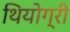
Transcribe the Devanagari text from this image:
थियोग्री